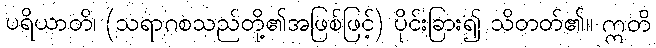
ပရိယာတိ၊ (သရာဂစသည်တို့၏အဖြစ်ဖြင့်) ပိုင်းခြား၍ သိတတ်၏။ ဣတိ